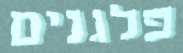
פלגנים